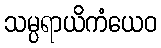
သမ္ပရာယိကံယေဝ